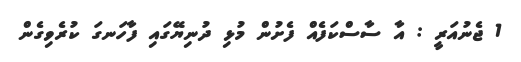
1 ޖެނުއަރީ : އާ ސާސްކަފެއް ފެށުން މުޅި ދުނިޔޭގައި ފާހަނގަ ކުރެވިގެން